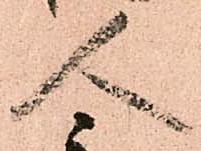
人